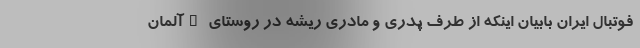
فوتبال ایران بابیان اینکه از طرف پدری و مادری ریشه در روستای "آلمان